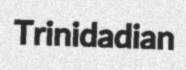
Trinidadian